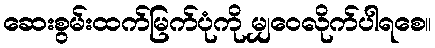
ဆေးစွမ်းထက်မြက်ပုံကို မျှဝေလိုက်ပါရစေ။